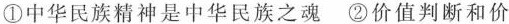
①中华民族精神是中华民族之魂 ②价值判断和价